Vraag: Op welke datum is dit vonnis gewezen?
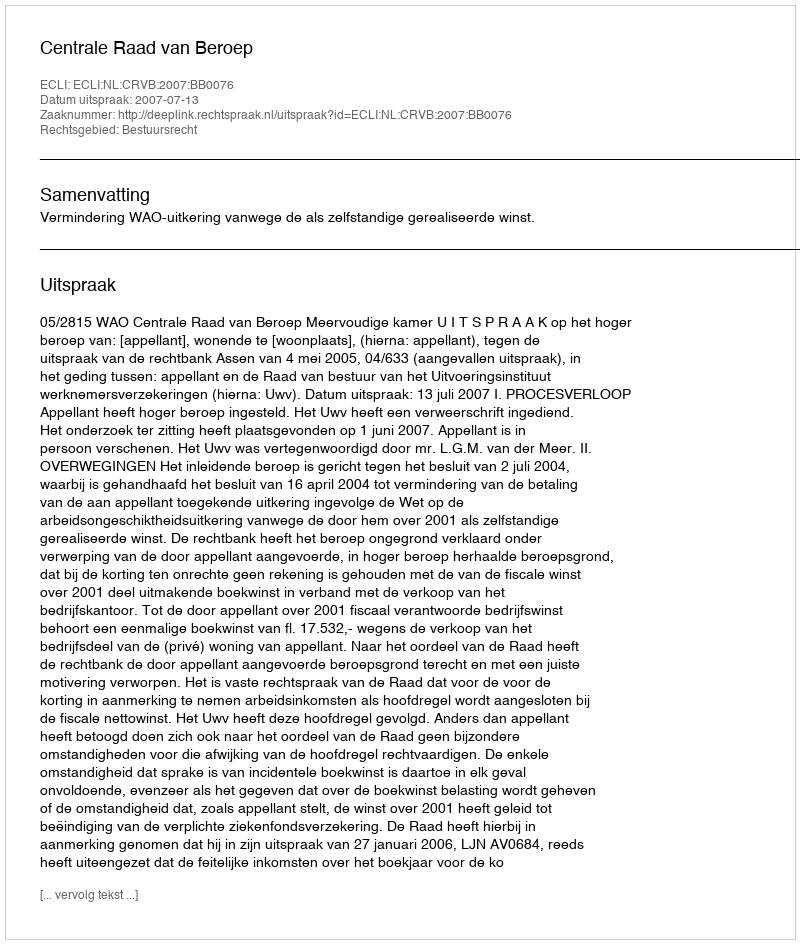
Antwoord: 2007-07-13